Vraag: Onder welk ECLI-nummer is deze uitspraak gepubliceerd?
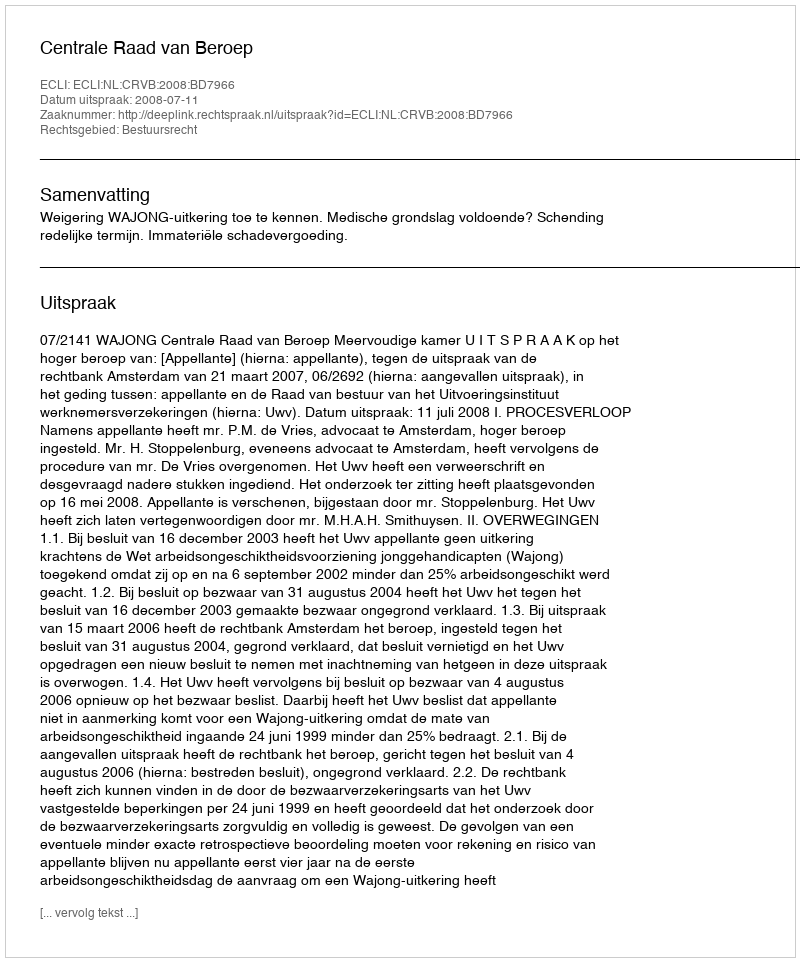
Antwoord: ECLI:NL:CRVB:2008:BD7966